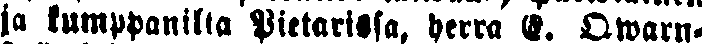
ja kumppanilta Pietarista, herra E. Qwarn-